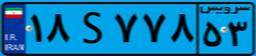
۳۳S۴۹۶۰۸